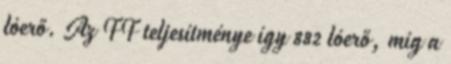
lóerő. Az FF teljesítménye így 882 lóerő, míg a